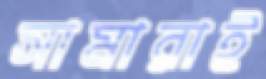
সামারাই